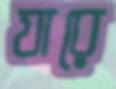
যারে